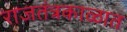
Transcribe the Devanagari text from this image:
राजतंत्रकाळात